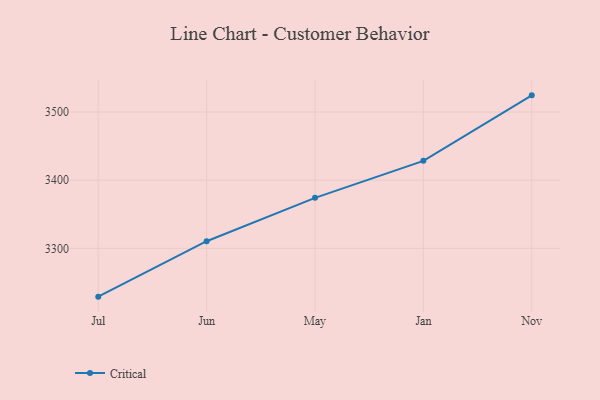
{"axis": {"x": "Month", "y": "Population (Million)"}, "legend": ["Critical"], "data": [{"x": "Jul", "y": 3229.1, "type": "Critical"}, {"x": "Jun", "y": 3310.4, "type": "Critical"}, {"x": "May", "y": 3374.0, "type": "Critical"}, {"x": "Jan", "y": 3428.3, "type": "Critical"}, {"x": "Nov", "y": 3524.4, "type": "Critical"}]}